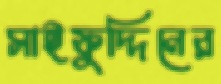
সাইফুদ্দিনের